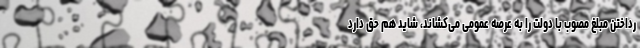
رداختن مبلغ مصوب با دولت را به عرصه عمومی می‌کشاند، شاید هم حق دارد